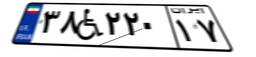
۳۸W۲۲۰۱۷